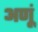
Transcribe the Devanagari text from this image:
अणूं